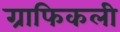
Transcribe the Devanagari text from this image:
ग्राफिकली